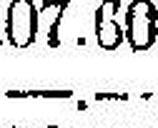
—.—